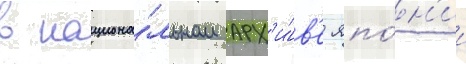
в национа́льном арх'и́в'е япо́н'ии